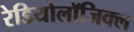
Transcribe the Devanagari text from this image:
रेडियोलॉजिक्ल